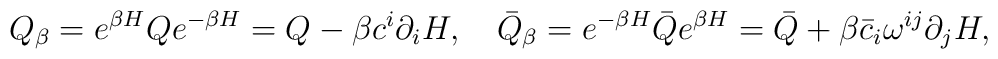
Q_{\beta} = e^{\beta H}Qe^{-\beta H}          = Q - \beta c^i \partial_i H, \quad\bar Q_{\beta} = e^{-\beta H} \bar Q e^{\beta H}               = \bar Q + \beta \bar c_i\omega^{ij}\partial_j H,